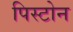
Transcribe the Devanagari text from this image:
पिस्टोन